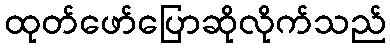
ထုတ်ဖော်ပြောဆိုလိုက်သည်